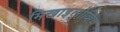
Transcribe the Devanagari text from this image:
मिखाइलोव्हिच